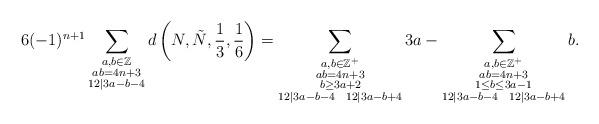
LaTeX: \begin{align*}6(-1)^{n+1}\sum_{\substack{a,b\in \mathbb{Z}\\ab=4n+3\\12|3a-b-4}} d\left(N,\tilde{N}, \frac{1}{3}, \frac{1}{6}\right) &= \sum_{\substack{a,b\in\mathbb{Z}^+\\ ab=4n+3\\ b\geq 3a+2\\ 12|3a-b-4 \ \ 12|3a-b+4}} 3a -\sum_{\substack{ a,b\in\mathbb{Z}^+\\ab=4n+3\\ 1\leq b\leq 3a-1\\ 12|3a-b-4 \ \ 12|3a-b+4}} b.\end{align*}